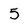
Character: 5